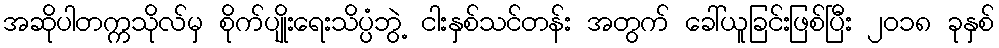
အဆိုပါတက္ကသိုလ်မှ စိုက်ပျိုးရေးသိပ္ပံဘွဲ့ ငါးနှစ်သင်တန်း အတွက် ခေါ်ယူခြင်းဖြစ်ပြီး ၂၀၁၈ ခုနှစ်